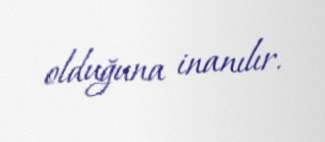
olduğuna inanılır.